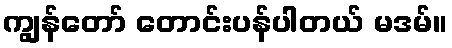
ကျွန်တော် တောင်းပန်ပါတယ် မဒမ်။